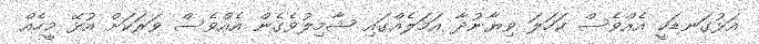
އަޅުގަނޑަކީ އެއްވެސް ކަހަލަ ވިޔާނުދާ އަމަލެއްގައި ޝާމިލުވެގެން އެއްވެސް ވަރަކަށް އުޅޭ މީހެއް